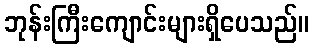
ဘုန်းကြီးကျောင်းများရှိပေသည်။